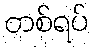
တစ်ရပ်